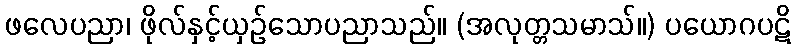
ဖလေပညာ၊ ဖိုလ်နှင့်ယှဉ်သောပညာသည်။ (အလုတ္တသမာသ်။) ပယောဂပဋိ